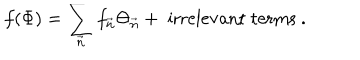
f ( \Phi ) = \sum _ { \vec { n } } f _ { \vec { n } } \Theta _ { \vec { n } } + \; \mathrm { i r r e l e v a n t ~ t e r m s } \ .